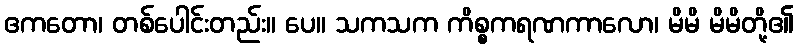
ဧကတော၊ တစ်ပေါင်းတည်း။ ပေ။ သကသက ကိစ္စကရဏကာလော၊ မိမိ မိမိတို့၏